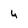
Character: 4